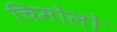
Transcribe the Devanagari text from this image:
चिमोलो